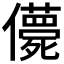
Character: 𠐿